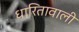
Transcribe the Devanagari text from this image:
धारितावाली